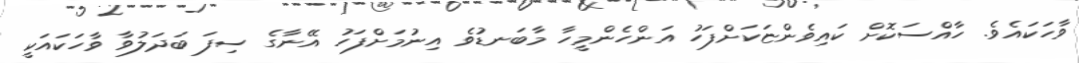
ވާހަކައެވެ. ހާއްސަކޮށް ކައިވެންޏަކަށްފަހު އަންހެންމީހާ މާބަނޑުވެ އިނުމަށްފަހު އޭނާގެ ސިފަ ބަދަލުވާ ވާހަކައަކީ